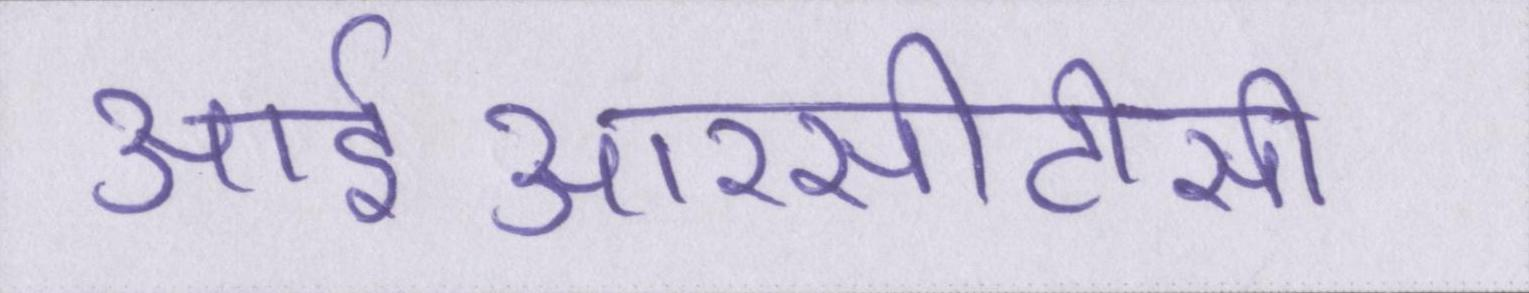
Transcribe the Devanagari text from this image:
आईआरसीटीसी